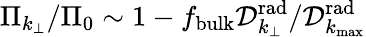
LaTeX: \Pi_{k_{\perp}}/\Pi_{0}\sim 1-f_{\mathrm{bulk}}{\mathcal D}_{k_{\perp}}^{\mathrm{rad}}/{\mathcal D}_{k_{\operatorname*{max}}}^{\mathrm{rad}}